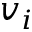
v _ { i }